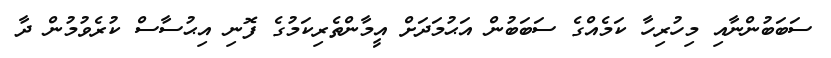
ސަބަބުންނާއި މިހުރިހާ ކަމެއްގެ ސަބަބުން އަޙުމަދަށް އީމާންތެރިކަމުގެ ފޮނި އިޙުސާސް ކުރެވުމުން ދާ